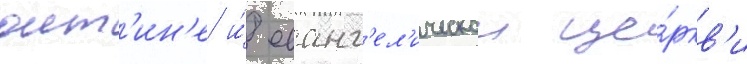
оит'ин'е и́ еванг'ел'ическои це́ркв'и